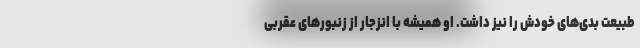
طبیعت بدی‌های خودش را نیز داشت. او همیشه با انزجار از زنبورهای عقربی